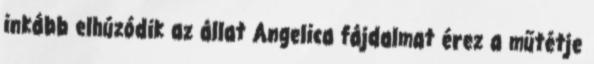
inkább elhúzódik az állat Angelica fájdalmat érez a műtétje